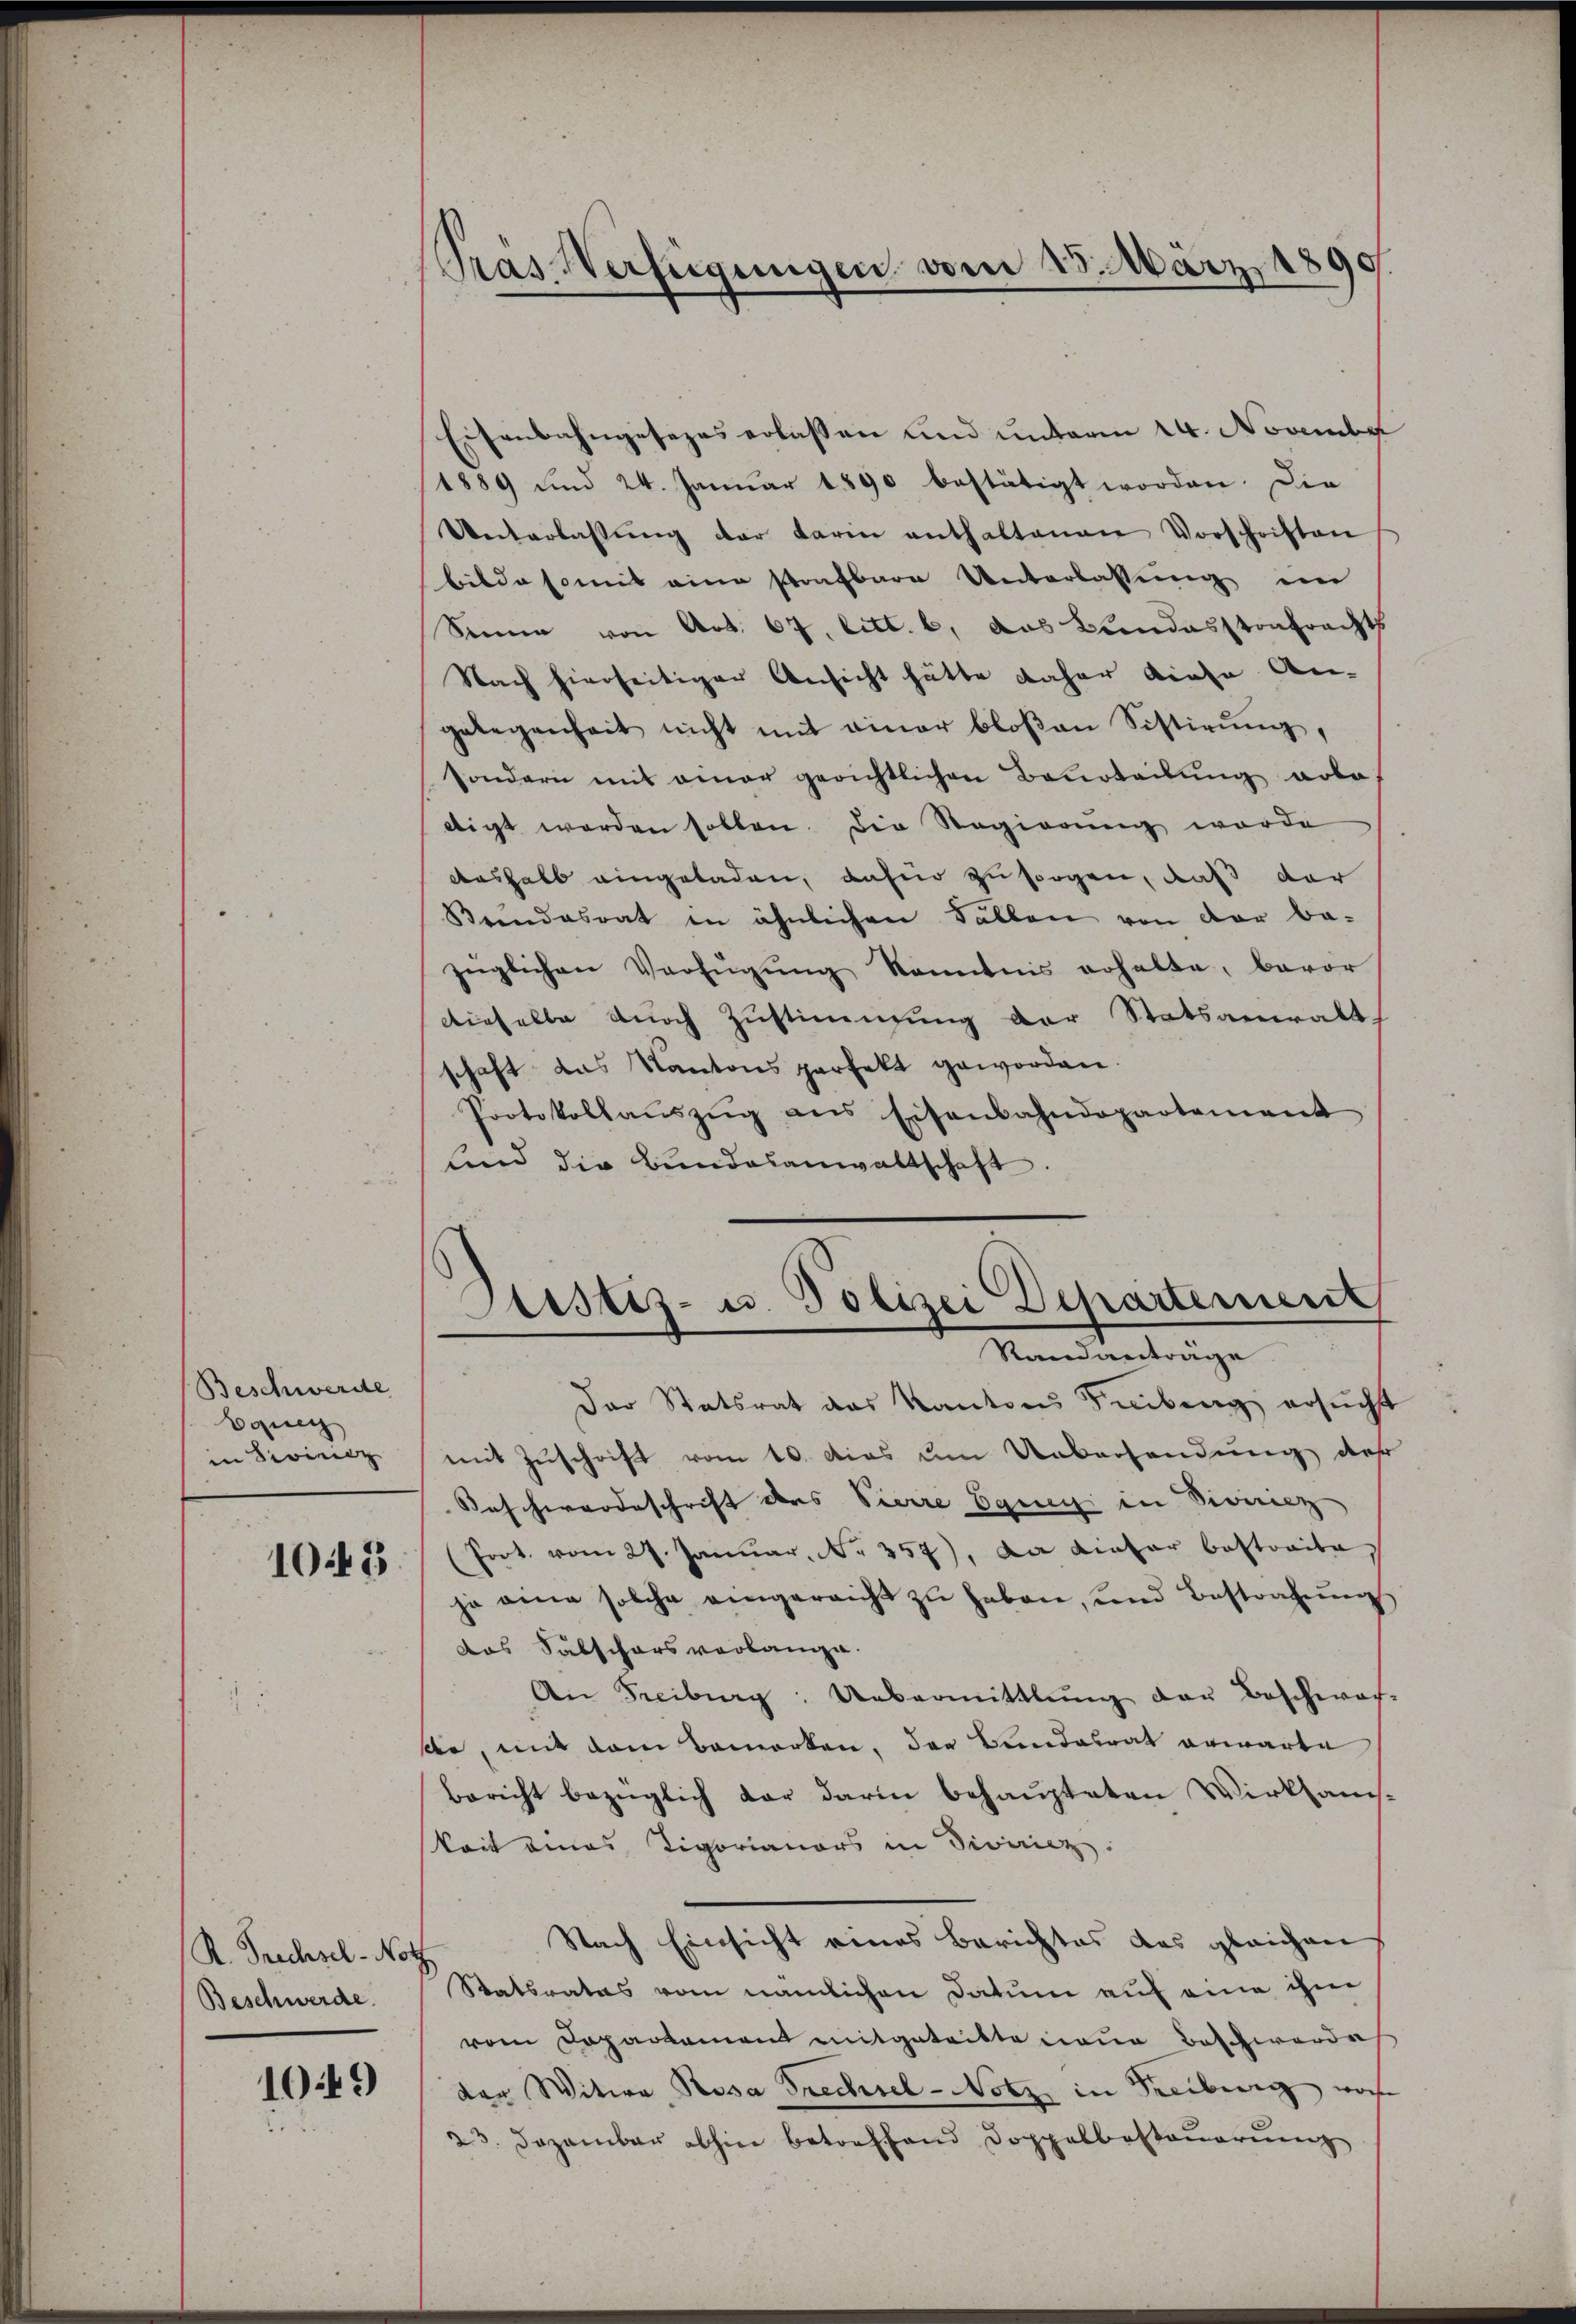
Beschwerde
Equeg
in Divisiez
10.45

Eisenbahngesezes erlassen und unterm 24. November
1889 und 24. Janŭar 1890 bestätigt worden. Die
Unterlassŭng der darm enthaltenen Vorschriften
bilde somit eine strafbare Unterlassung im
Sinne von Art. 67. litt. b, das Bundesstrafrechts
Nach hierseitiger Ansicht hätte daher diese An-
gelegenheit nicht mit einer bloßen Sistirŭng,
sondern mit einer gerichtlichen Beurteilung arbe
ttigt werden sollen. Die Regierung wurde
Aushalb eingeladen, dafür zu sorgen, daß der
Keindesrat in ähnlichen Fällen von der be-
züglichen Verfügŭng kanntnis erhalte, bevor
dieselbe durch Zustimmung der Statsanwalt
schaft das Kantons perfekt geworden.
Protokollaŭszŭg ans Eisenbahndepartement
lind die Bundesanwaltschaft

R. Prechsel-Noth
Beschwerde.

1049)

Pras Verfügungen vom 25. März 1890

Justiz- u. Polizei Departement
Randanträge.

Der Statsrat des Kantons Fribung ersucht
mit Zuschrift vom 10. das um Uebersendung des
Fascherordeschrift des Vierre Eging in Divisiez
(fort vom 27. Januar. No. 357). Da dieser bestraite
ja eine solche eingereicht zŭ haben, und Bestrafŭng
das Säbschars verlange.
An Freiburg: Uebermittlung der Beschwach-
ste, mit dem Bemerken, das Bundesrat erwarte
Bericht bezüglich dar darin behaupteten Wirksanskeit eines Tigorianors in Diviricz
Nach Einsicht eines Berichtes das gleichen
Statsrates vom nämlichen Datum auf eine ihm
vom Departement mitgeteilte neue Beschwerde
der Witwe Rosa Prechsel-Notz in Freiburg, woh
23. Dezember abhin betreffend Doppelbesteŭerŭng